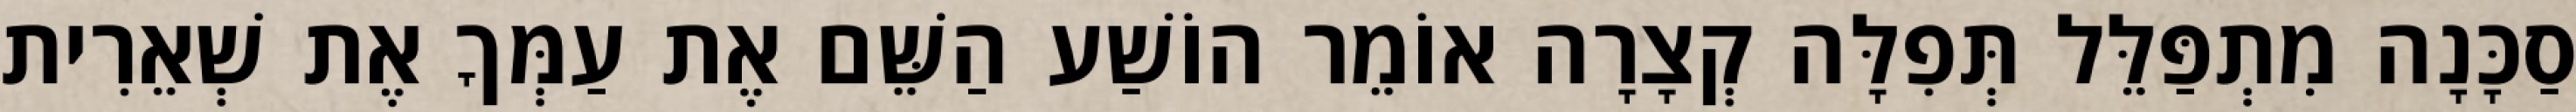
סַכָּנָה מִתְפַּלֵּל תְּפִלָּה קְצָרָה אוֹמֵר הוֹשַׁע הַשֵּׁם אֶת עַמְּךָ אֶת שְׁאֵרִית